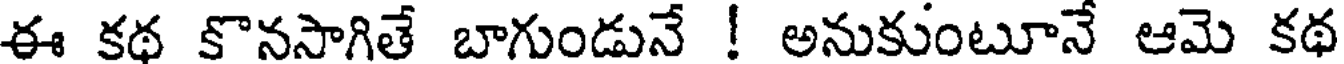
ఈ కథ కొనసాగితే బాగుండునే ! అనుకుంటూనే ఆమె కథ